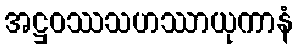
အဋ္ဌဝဿသဟဿာယုကာနံ